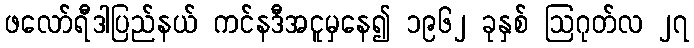
ဖလော်ရီဒါပြည်နယ် ကင်နဒီအငူမှနေ၍ ၁၉၆၂ ခုနှစ် ဩဂုတ်လ ၂၇